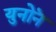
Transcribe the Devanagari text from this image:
युनोनॆ